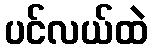
ပင်လယ်ထဲ